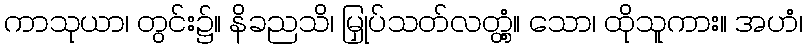
ကာသုယာ၊ တွင်း၌။ နိခညသိ၊ မြှုပ်သတ်လတ္တံ့။ သော၊ ထိုသူကား။ အဟံ၊